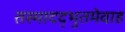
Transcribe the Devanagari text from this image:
तस्मादद्भुतमेवाह